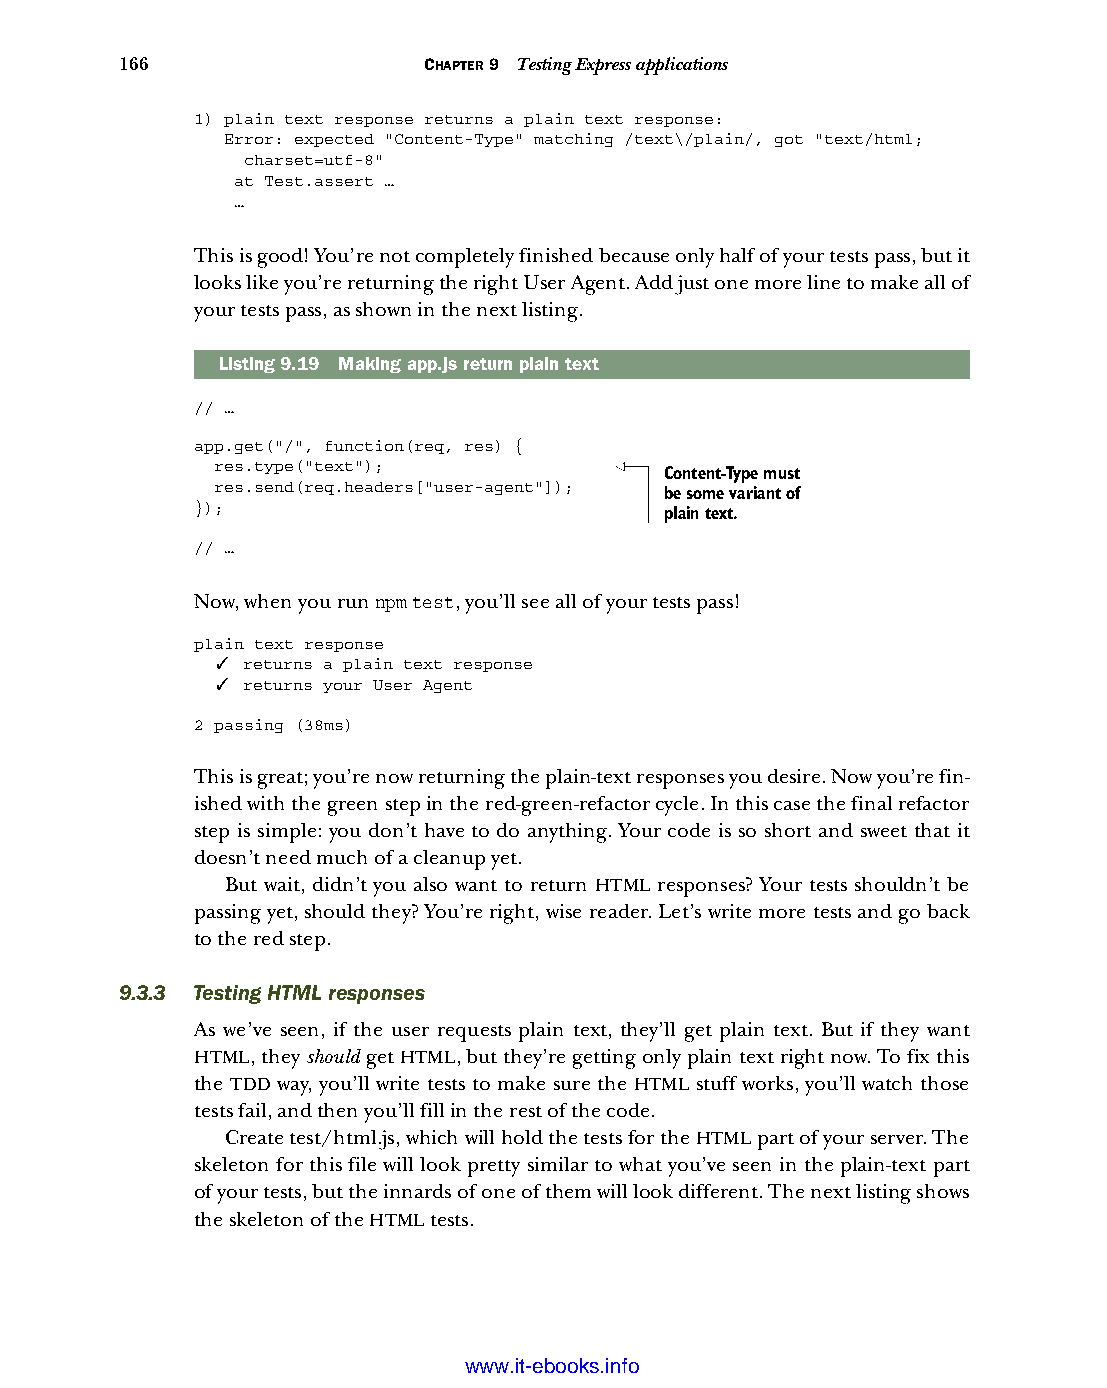
166                 CHAPTER 9 Testing Express applications
 1) plain text response returns a plain text response:
 Error: expected "Content-Type" matching /text\/plain/, got "text/html;
 charset=utf-8"
 at Test.assert …
 …
 This is good! You’re not completely finished because only half of your tests pass, but it
 looks like you’re returning the right User Agent. Add just one more line to make all of
 your tests pass, as shown in the next listing.
 Listing9.19 Making app.js return plain text
 // …
 app.get("/", function(req, res) {
 res.type("text");
 Content-Type must
 res.send(req.headers["user-agent"]);
 be some variant of
 });                            plain text.
 // …
 Now, when you run npm test, you’ll see all of your tests pass!
 plain text response
 ✓ returns a plain text response
 ✓ returns your User Agent
 2 passing (38ms)
 This is great; you’re now returning the plain-text responses you desire. Now you’re fin-
 ished with the green step in the red-green-refactor cycle. In this case the final refactor
 step is simple: you don’t have to do anything. Your code is so short and sweet that it
 doesn’t need much of a cleanup yet.
 But wait, didn’t you also want to return HTML responses? Your tests shouldn’t be
 passing yet, should they? You’re right, wise reader. Let’s write more tests and go back
 to the red step.
 9.3.3 Testing HTML responses
 As we’ve seen, if the user requests plain text, they’ll get plain text. But if they want
 HTML, they should get HTML, but they’re getting only plain text right now. To fix this
 the TDD way, you’ll write tests to make sure the HTML stuff works, you’ll watch those
 tests fail, and then you’ll fill in the rest of the code.
 Create test/html.js, which will hold the tests for the HTML part of your server. The
 skeleton for this file will look pretty similar to what you’ve seen in the plain-text part
 of your tests, but the innards of one of them will look different. The next listing shows
 the skeleton of the HTML tests.
 Licensed wtow w <.mit-ielebro.8o8k8s@.ingfomail.com>